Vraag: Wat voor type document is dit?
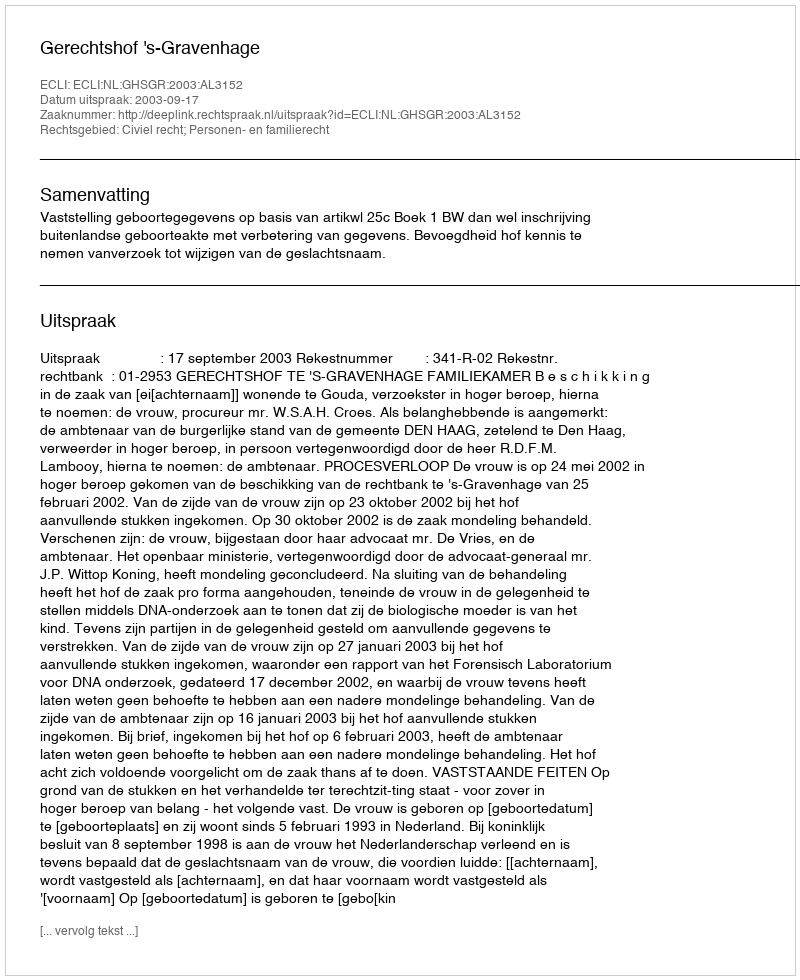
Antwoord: Uitspraak